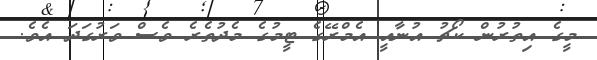
މީގެ އިތުރުން ކޯޗު އުނާއީ އެމްރޭގެ ޓީމުގެ މެދުތެރެ ވެސް ވަރުގަދަ އެވެ.